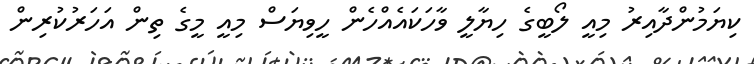
ކިޔަމުންދާއިރު މިއީ ލޯބީގެ ހިޔާލީ ވާހަކައެއްހެން ހީވިޔަސް މިއީ މީގެ ތިން އަހަރުކުރިން